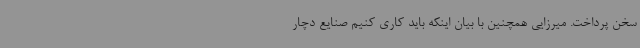
سخن پرداخت. میرزایی همچنین با بیان اینکه باید کاری کنیم صنایع دچار